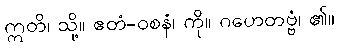
ဣတိ၊ သို့။ ဧတံ-ဝစနံ၊ ကို။ ဂဟေတဗ္ဗံ၊ ၏။